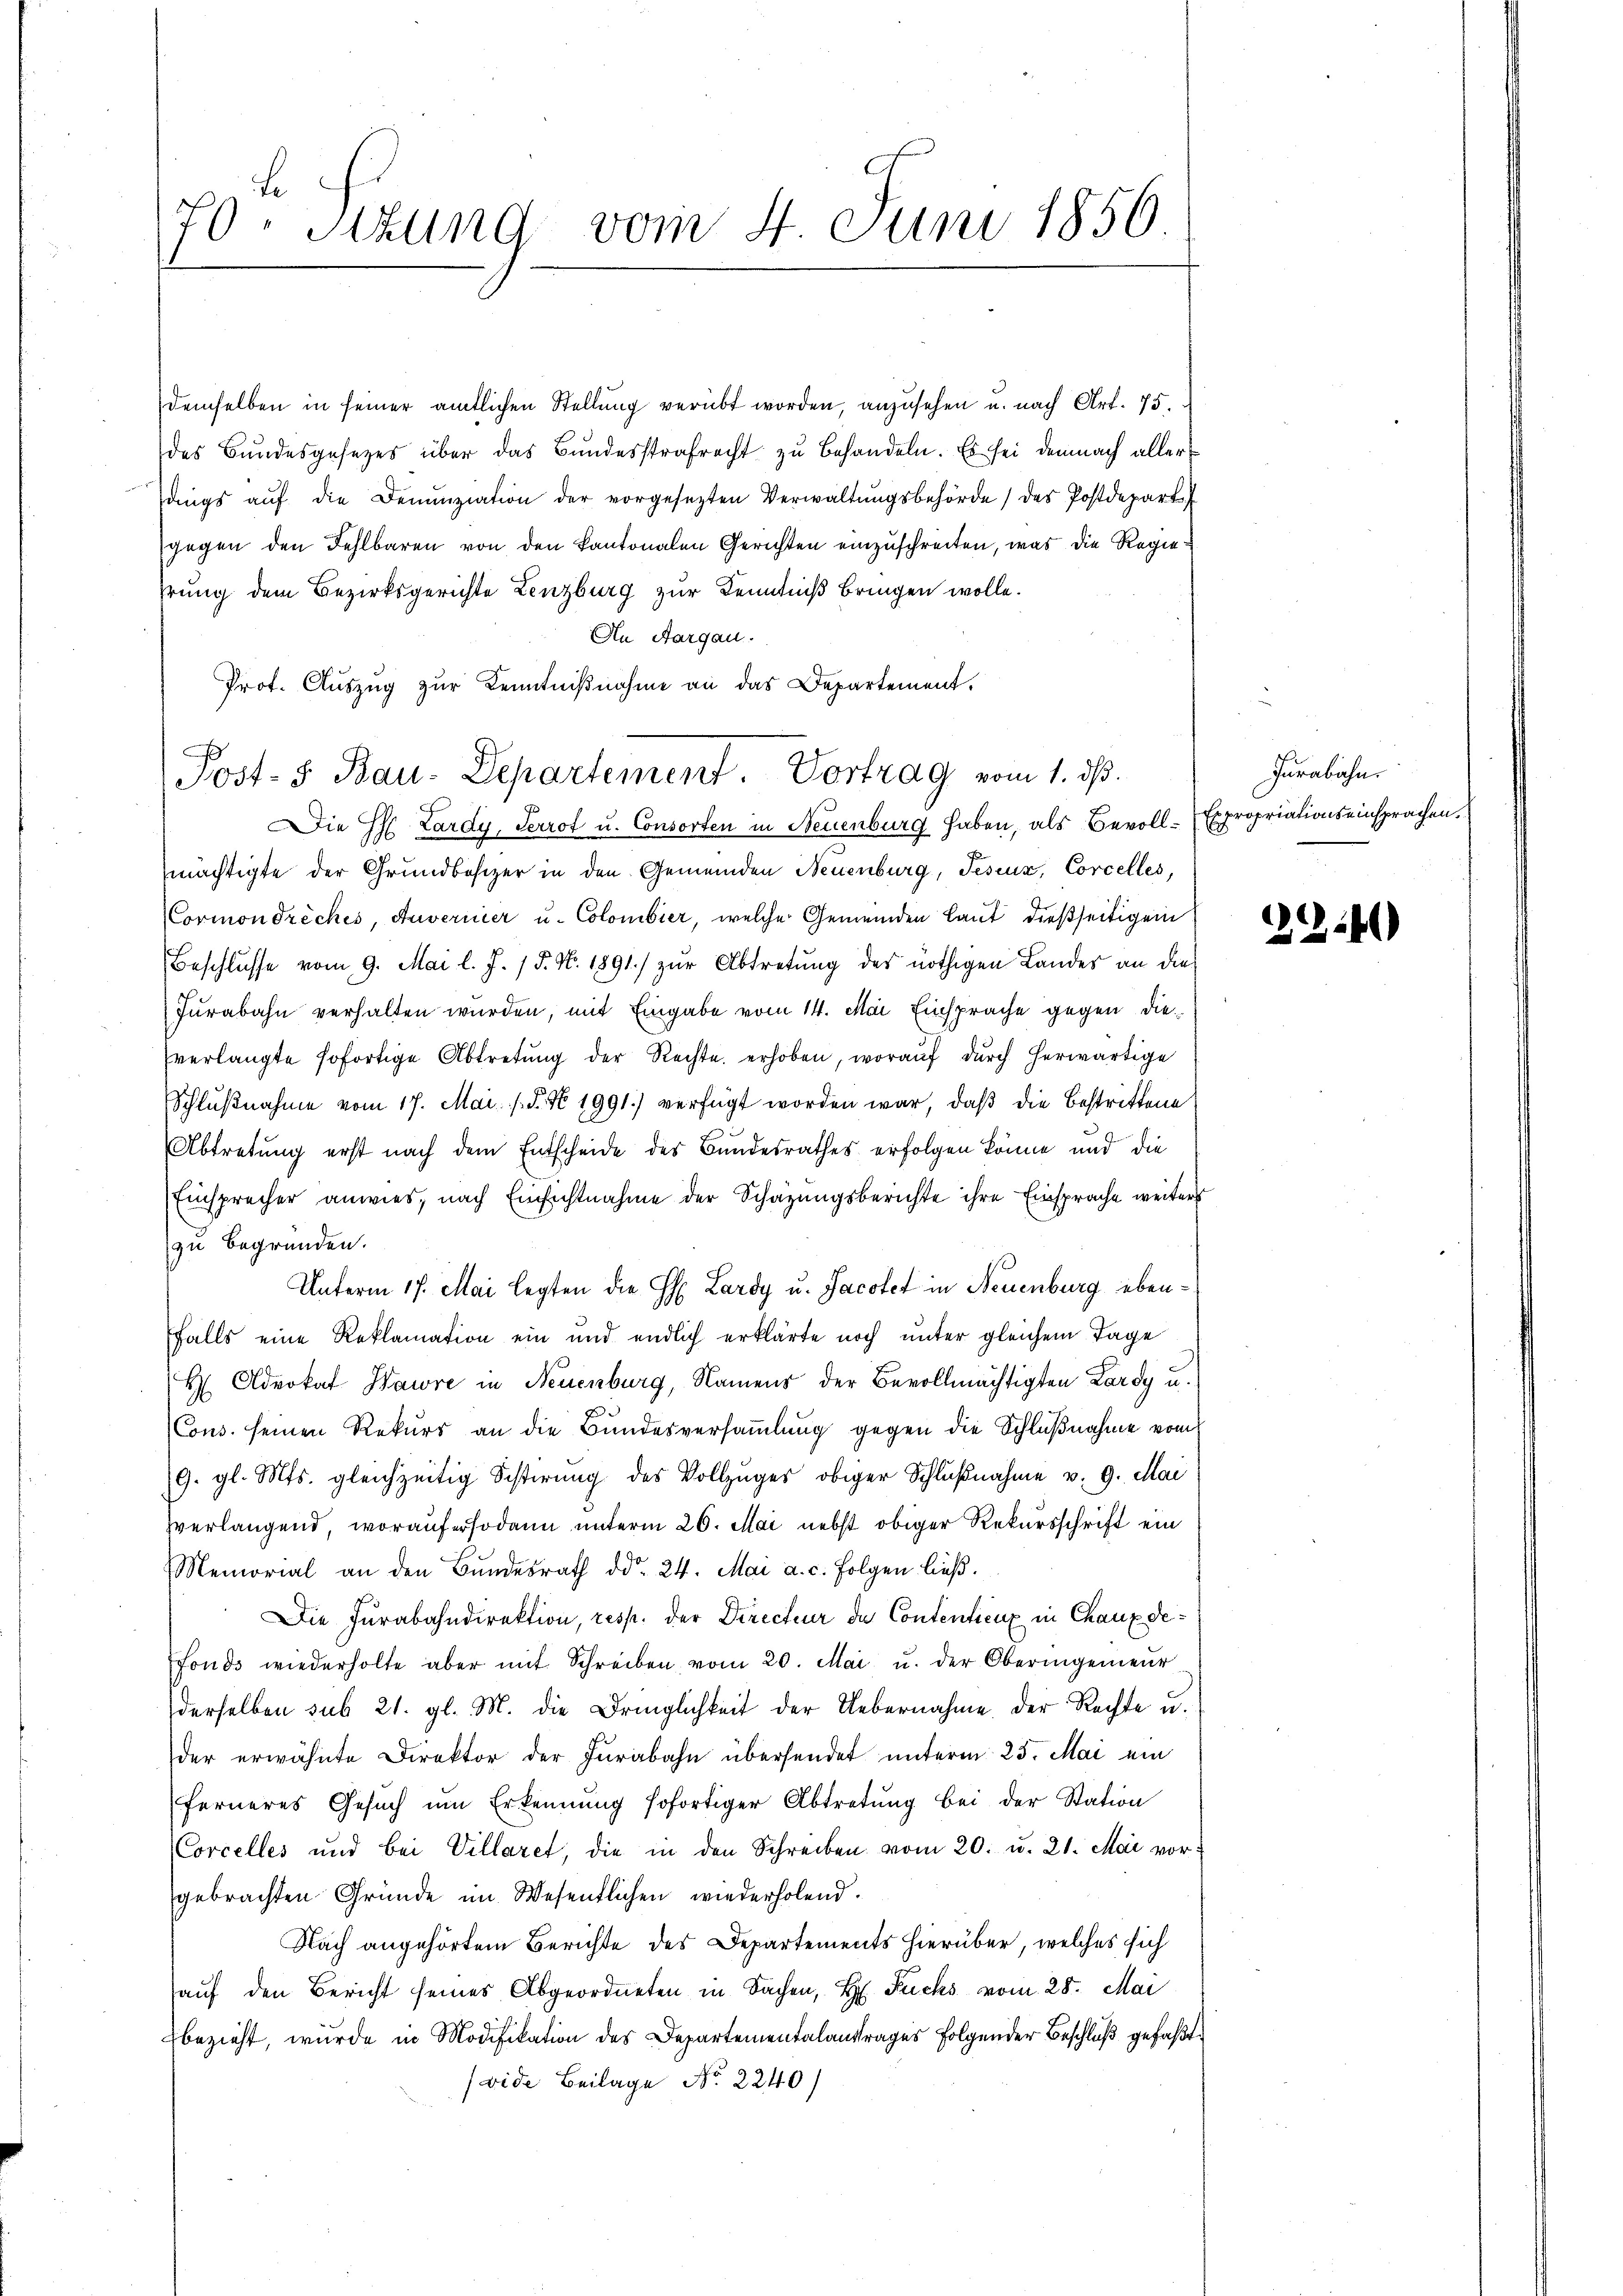
70. Sitzung
vom 4. Juni 1856.

demselben in seiner amtlichen Stellŭng verübt worden, anzusehen u. nach Art. 75.
des Bundesgesetzes über das Bundesstrafrecht zu behandeln. Es sei demnach aller
dings aŭf die Denunziation der vorgesezten Verwaltŭngsbehörde des Postdepart
gegen den Fehlbaren von den kantonalen Gerichten einzuschreiten, was die Regiehrung dem Bezirksgerichte Lenzburg zur Kenntniß bringen wolle.
An Aargau.
Prof. Auszug zur Kenntnißnahme an das Departement.
Die H. Lardy, Perrot u. Consorten in Neuenburg haben, als Bevoll-Expropriationseinsprachen.
mächtigte der Grundbesizer in den Gemeinden Neuenburg, Teseuz, Corcelles,
Cormondreches, Auverner u. Colombier, welche Gemeinden Laut dießseitigen
Beschlusse vom 9. Mai l. J. 15. No. 1891 zur Abtretung des nöthigen Landes an die
Jurabahn verhalten wurden, mit Eingabe vom 14. Mai Einsprache gegen dieverlangte sofortige Abtretŭng der Rechte erhoben, woraŭf dŭrch herwärtige
Schlŭβnahme vom 17. Mai d. N 1991) verfügt worden war, daß die Bestrittene
Abtretung erst nach dem Entscheide des Bundesrathes erfolgen könne und die
Einsprecher anwies, nach Einsichtnahme der Schazungsberichte ihre Einsprache weiters
zu begründen.
Unterm 17. Mai legten die H. Lardy u. Jacotet in Neuenburg ebenfalls eine Reklamation ein und endlich erklärte noch unter gleichem Tage
H Advokat Hawre in Neuenburg, Namens der Bevollmächtigten Lardy u.
Cons. seinen Rekurs an die Bundesversammlung gegen die Schlußnahme vom
9. gl. Mts. gleichzeitig Scherŭng des Vollzŭges obiger Schlŭβnahme v. 9. Mai
verlangend, worauf er sodann unterm 26. Mai nebst obiger Rekursschrift ein
Memorial an den Bŭndesrath ddo 24. Mai a. c. folgen ließ.
Die Furabahndirektion, resp. der Directeur de Contentieux in Chaux de¬
Fonds wiederholte aber mit Schreiben vom 20. Mai u. der Oberingenieŭr
derselben sub 21. gl. M. die Dringlichkeit der Uebernahme der Rechte u.
der erwähnte Direktor der Furabahn übersendet unterm 25. Mai ein
ferneres Gesŭch ŭm Erkennung sofortiger Abtretŭng bei der Station
Corcelles und bei Villaret, die in den Schreiben vom 20. u. 21. Mai vorgebrachten Gründe im Wesentlichen wiederholend.
Nach angehörtem Berichte des Departements hierüber, welches sich
auf den Bericht seines Abgeordneten in Sachen, H. Fuchs vom 28. Mai
bezieht, wurde in Modifikation des Departementalantrages folgender Beschluß gefaßt
(vide Beilage No. 2240)

Post- 8. Bau-Departement. Vortrag vom 1. ds.

Furabahn.

32.40)